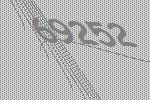
69252